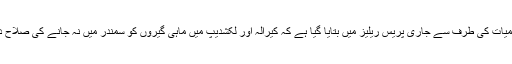
محکمہ موسمیات کی طرف سے جاری پریس ریلیز میں بتایا گیا ہے کہ کیرالہ اور لکشدیپ میں ماہی گیروں کو سمندر میں نہ جانے کی صلاح دی گئی ہے۔